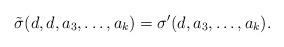
LaTeX: \begin{align*}\tilde{\sigma}(d,d,a_3, \dots, a_k) = \sigma'(d,a_3, \dots, a_k).\end{align*}